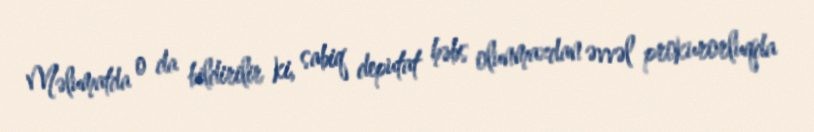
Məlumatda o da bildirilir ki, sabiq deputat həbs olunmazdan əvvəl prokurorluqda